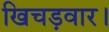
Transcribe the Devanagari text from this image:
खिचड़वार।